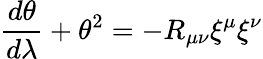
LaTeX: \frac{d\theta}{d\lambda}+\theta^{2}=-R_{\mu\nu}{\xi}^{\mu}{\xi}^{\nu}